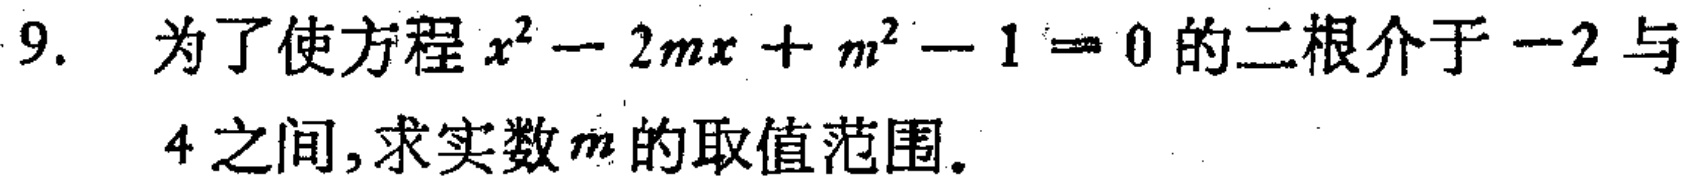
9. 为了使方程\(x^{2}-2mx + m^{2}-1 = 0\)的二根介于\(-2\)与\(4\)之间,求实数\(m\)的取值范围.